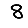
Digit: 8